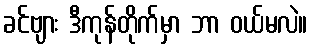
ခင်ဗျား ဒီကုန်တိုက်မှာ ဘာ ဝယ်မလဲ။